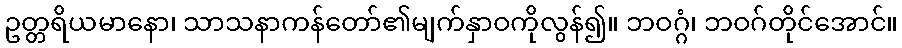
ဥတ္တရိယမာနော၊ သာသနာကန်တော်၏မျက်နှာဝကိုလွန်၍။ ဘဝဂ္ဂံ၊ ဘဝဂ်တိုင်အောင်။